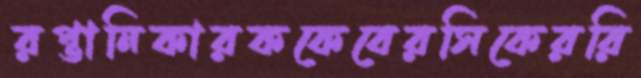
রপ্তানিকারককেবেরসিকেররি